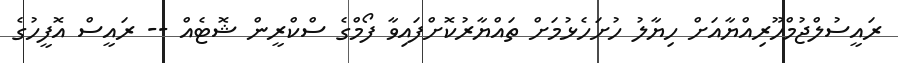
ރައީސުލްޖުމްހޫރިއްޔާއަށް ހިޔާލު ހުށަހެޅުމަށް ތައްޔާރުކޮށްފައިވާ ފޯމްގެ ސްކްރީން ޝޮޓެއް -- ރައީސް އޮފީހުގެ